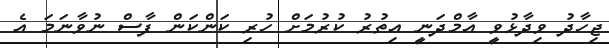
ޖިހާދު ވިދާޅުވީ އާމްދަނީ އިތުރު ކުރުމަށް ހުރި ކަންކަން ފާސް ނުވާނަމަ އެ